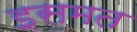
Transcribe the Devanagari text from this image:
इसमत